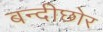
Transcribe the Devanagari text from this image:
बन्दीछोर